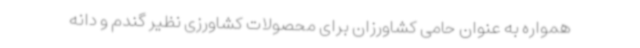
همواره به عنوان حامی کشاورزان برای محصولات کشاورزی نظیر گندم و دانه